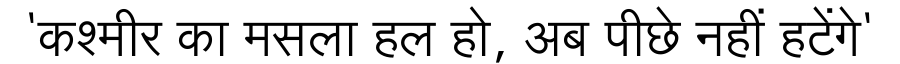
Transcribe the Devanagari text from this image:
'कश्मीर का मसला हल हो, अब पीछे नहीं हटेंगे'